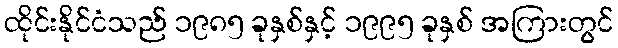
ထိုင်းနိုင်ငံသည် ၁၉၈၅ ခုနှစ်နှင့် ၁၉၉၅ ခုနှစ် အကြားတွင်